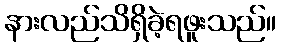
နားလည်သိရှိခဲ့ရဖူးသည်။